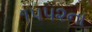
૧૫૫૨ના